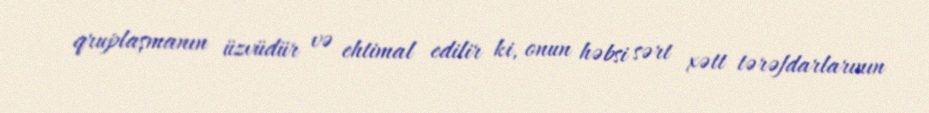
qruplaşmanın üzvüdür və ehtimal edilir ki, onun həbsi sərt xətt tərəfdarlarının